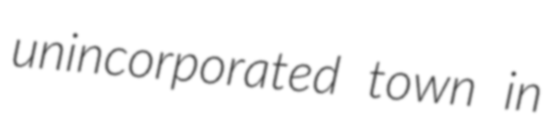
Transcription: unincorporated town in